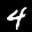
Label: 4